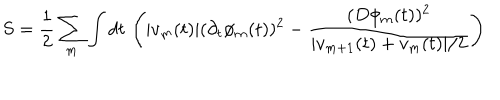
LaTeX: S = \frac { 1 } { 2 } \sum _ { m } \int d t \, \left( | v _ { m } ( t ) | ( \partial _ { t } \phi _ { m } ( t ) ) ^ { 2 } - \frac { ( D \phi _ { m } ( t ) ) ^ { 2 } } { | v _ { m + 1 } ( t ) + v _ { m } ( t ) | / 2 } \right)